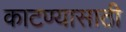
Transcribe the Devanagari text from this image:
काटण्यासाठी